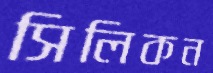
সিলিকন